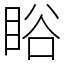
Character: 䀰